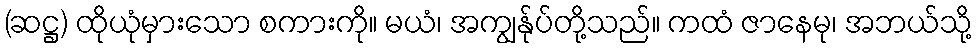
(ဆဋ္ဌ) ထိုယုံမှားသော စကားကို။ မယံ၊ အကျွန်ုပ်တို့သည်။ ကထံ ဇာနေမု၊ အဘယ်သို့